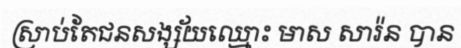
ស្រាប់តែជនសង្ស័យឈ្មោះ មាស សារ៉ន បាន